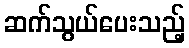
ဆက်သွယ်ပေးသည့်